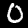
Label: 0